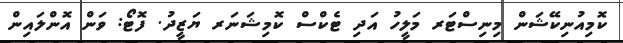
ކޮމިއުނިކޭޝަން މިނިސްޓަރ މަލީހު އަދި ޓެކްސް ކޮމިޝަނަރ ޔަޒީދު. ފޮޓޯ: ވަން އޮންލައިން